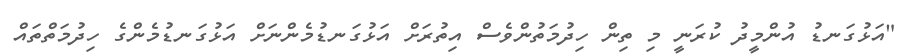
"އަޅުގަނޑު އުންމީދު ކުރަނީ މި ތިން ހިދުމަތުންވެސް އިތުރަށް އަޅުގަނޑުމެންނަށް އަޅުގަނޑުމެންގެ ހިދުމަތްތައް